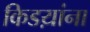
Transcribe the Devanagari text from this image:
किडय़ांना